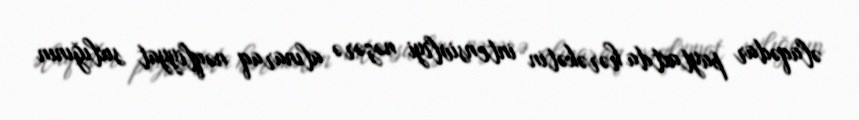
əlaqədar paytaxtda hərəkətin intensivliyi nəzərə alınaraq nəqliyyat sıxlığının